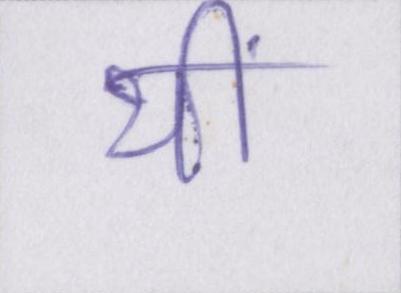
थीं